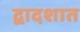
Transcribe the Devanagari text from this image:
द्वादशात